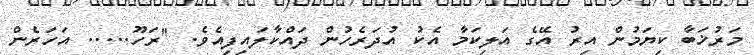
މަރުޚަބާ ކިޔަމުން އިރު އޭގެ އަލިކަމާ އެކު އުދަރެހުން ދައްކާލައިފިއެވެ. "ރަހޫ..... އަހަރެން